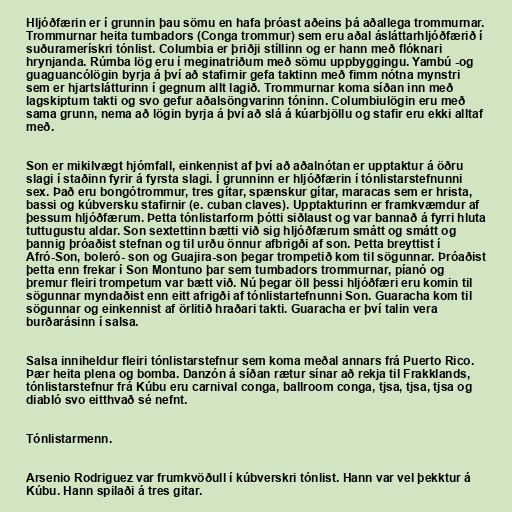
Hljóðfærin er í grunnin þau sömu en hafa þróast aðeins þá aðallega trommurnar.
Trommurnar heita tumbadors (Conga trommur) sem eru aðal ásláttarhljóðfærið í
suðuramerískri tónlist. Columbia er þriðji stíllinn og er hann með flóknari
hrynjanda. Rúmba lög eru í meginatriðum með sömu uppbyggingu. Yambú -og
guaguancólögin byrja á því að stafirnir gefa taktinn með fimm nótna mynstri
sem er hjartslátturinn í gegnum allt lagið. Trommurnar koma síðan inn með
lagskiptum takti og svo gefur aðalsöngvarinn tóninn. Columbiulögin eru með
sama grunn, nema að lögin byrja á því að slá á kúarbjöllu og stafir eru ekki alltaf
með.

Son er mikilvægt hjómfall, einkennist af því að aðalnótan er upptaktur á öðru
slagi í staðinn fyrir á fyrsta slagi. Í grunninn er hljóðfærin í tónlistarstefnunni
sex. Það eru bongótrommur, tres gítar, spænskur gítar, maracas sem er hrista,
bassi og kúbversku stafirnir (e. cuban claves). Upptakturinn er framkvæmdur af
þessum hljóðfærum. Þetta tónlistarform þótti siðlaust og var bannað á fyrri hluta
tuttugustu aldar. Son sextettinn bætti við sig hljóðfærum smátt og smátt og
þannig þróaðist stefnan og til urðu önnur afbrigði af son. Þetta breyttist í
Afró-Son, boleró- son og Guajira-son þegar trompetið kom til sögunnar. Þróaðist
þetta enn frekar í Son Montuno þar sem tumbadors trommurnar, píanó og
þremur fleiri trompetum var bætt við. Nú þegar öll þessi hljóðfæri eru komin til
sögunnar myndaðist enn eitt afrigði af tónlistartefnunni Son. Guaracha kom til
sögunnar og einkennist af örlitið hraðari takti. Guaracha er því talin vera
burðarásinn í salsa.

Salsa inniheldur fleiri tónlistarstefnur sem koma meðal annars frá Puerto Rico.
Þær heita plena og bomba. Danzón á síðan rætur sínar að rekja til Frakklands,
tónlistarstefnur frá Kúbu eru carnival conga, ballroom conga, tjsa, tjsa, tjsa og
diabló svo eitthvað sé nefnt.

Tónlistarmenn.

Arsenio Rodriguez var frumkvöðull í kúbverskri tónlist. Hann var vel þekktur á
Kúbu. Hann spilaði á tres gitar.